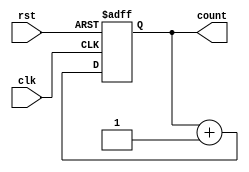
module synchronous_counter (
    input wire clk,
    input wire rst,
    output reg [3:0] count
);

reg [3:0] count_reg;

always @(posedge clk or posedge rst) begin
    if (rst) begin
        count_reg <= 4'b0000;
    end else begin
        count_reg <= count_reg + 1;
    end
end

assign count = count_reg;

endmodule